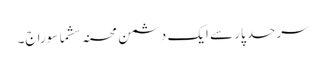
سرحد پار سے ایک دشمن محسنہ سشما سوراج۔